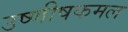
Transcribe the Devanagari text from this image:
उष्णीषकमल